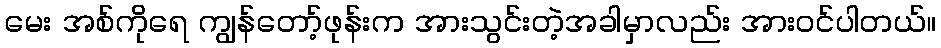
မေး အစ်ကိုရေ ကျွန်တော့်ဖုန်းက အားသွင်းတဲ့အခါမှာလည်း အားဝင်ပါတယ်။